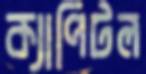
ক্যাপিটল